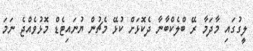
ލީގުގައި މާދަމާ ރޭ ބްލެކްބާނާ ދެކޮޅަށް ކުޅޭ މެޗުން ޔުނައިޓެޑް މޮޅުވެއްޖެ ނަމަ